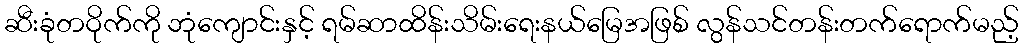
ဆီးခုံတဝိုက်ကို ဘုံကျောင်းနှင့် ရမ်ဆာထိန်းသိမ်းရေးနယ်မြေအဖြစ် လွန်သင်တန်းတက်ရောက်မည့်